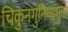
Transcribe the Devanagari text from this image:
चिकुनगुनियामुळे